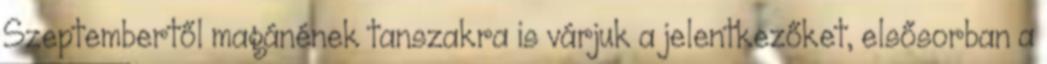
Szeptembertől magánének tanszakra is várjuk a jelentkezőket, elsősorban a